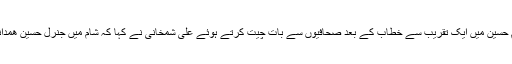
تہران میں جامع مسجد امام حسین میں ایک تقریب سے خطاب کے بعد صحافیوں سے بات چیت کرتے ہوئے علی شمخانی نے کہا کہ شام میں جنرل حسین ھمدانی کو کوئی نہیں جانتا تھا۔